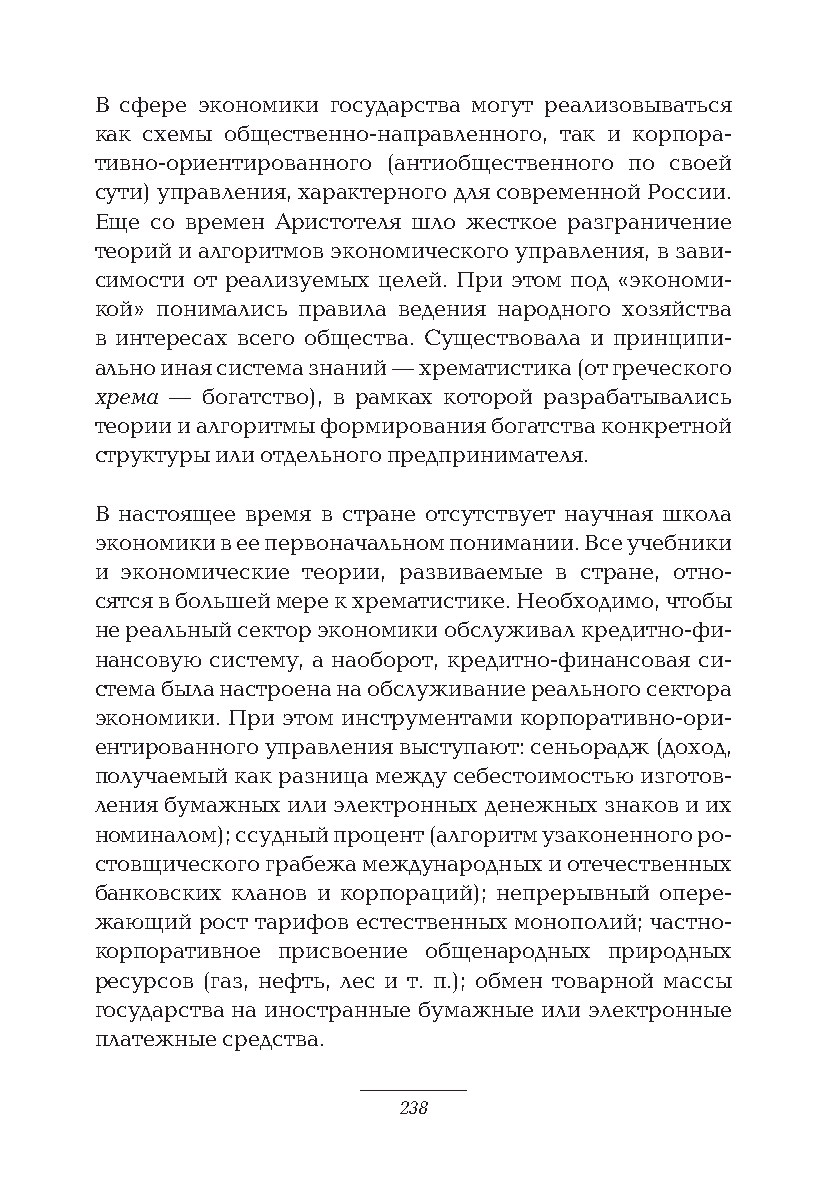
В сфере экономики государства могут реализовываться
 как схемы общественно-направленного, так и корпора-
 тивно-ориентированного (антиобщественного по своей
 сути) управления, характерного для современной России.
 Еще со времен Аристотеля шло жесткое разграничение
 теорий и алгоритмов экономического управления, в зави-
 симости от реализуемых целей. При этом под «экономи-
 кой» понимались правила ведения народного хозяйства
 в интересах всего общества. Существовала и принципи-
 ально иная система знаний — хрематистика (от греческого
 хрема — богатство), в рамках которой разрабатывались
 теории и алгоритмы формирования богатства конкретной
 структуры или отдельного предпринимателя.
 В настоящее время в стране отсутствует научная школа
 экономики в ее первоначальном понимании. Все учебники
 и экономические теории, развиваемые в стране, отно-
 сятся в большей мере к хрематистике. Необходимо, чтобы
 не реальный сектор экономики обслуживал кредитно-фи-
 нансовую систему, а наоборот, кредитно-финансовая си-
 стема была настроена на обслуживание реального сектора
 экономики. При этом инструментами корпоративно-ори-
 ентированного управления выступают: сеньорадж (доход,
 получаемый как разница между себестоимостью изготов-
 ления бумажных или электронных денежных знаков и их
 номиналом); ссудный процент (алгоритм узаконенного ро-
 стовщического грабежа международных и отечественных
 банковских кланов и корпораций); непрерывный опере-
 жающий рост тарифов естественных монополий; частно-
 корпоративное присвоение общенародных природных
 ресурсов (газ, нефть, лес и т. п.); обмен товарной массы
 государства на иностранные бумажные или электронные
 платежные средства.
 238